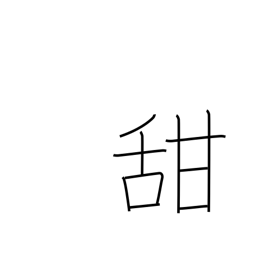
Meaning: sweet